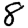
Digit: 8